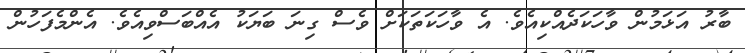
ބާރު އަޅަމުން ވާހަކަދެއްކިއެވެ. އެ ވާހަކަތަކަށް ވެސް ގިނަ ބަޔަކު އެއްބަސްވިއެވެ. އެންމެފަހުން